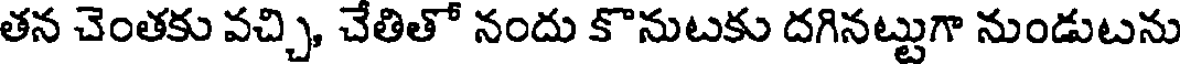
తన చెంతకు వచ్చి, చేతితో నందు కొనుటకు దగినట్టుగా నుండుటను